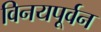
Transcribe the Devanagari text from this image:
विनयपूर्वन